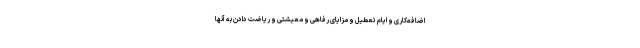
اضافه‌کاری و ایام تعطیل و مزایای رفاهی و معیشتی و ریاضت دادن به آنها